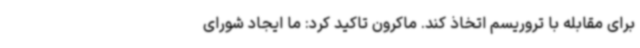
برای مقابله با تروریسم اتخاذ کند. ماکرون تاکید کرد: ما ایجاد شورای